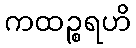
ကထဉ္စရဟိ